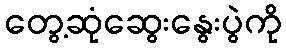
တွေ့ဆုံဆွေးနွေးပွဲကို